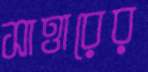
সাত্তারের